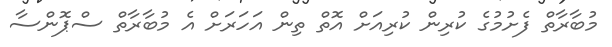
މުބާރާތް ފެށުމުގެ ކުރިން ކުރިއަށް އޮތް ތިން އަހަރަށް އެ މުބާރާތް ސްޕޮންސާ